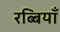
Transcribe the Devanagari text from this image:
रब्बियाँ